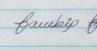
Signature authenticity: genuine